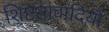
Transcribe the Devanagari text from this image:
शिष्टतावादियों